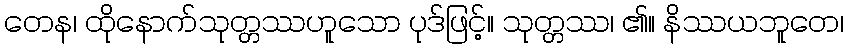
တေန၊ ထိုနောက်သုတ္တဿဟူသော ပုဒ်ဖြင့်။ သုတ္တဿ၊ ၏။ နိဿယဘူတေ၊